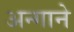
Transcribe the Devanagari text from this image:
अन्गाने